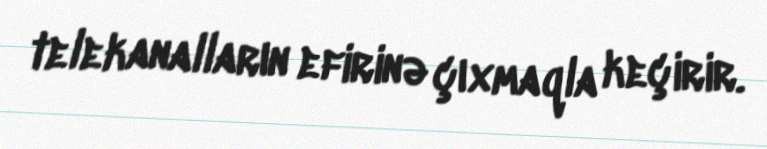
telekanalların efirinə çıxmaqla keçirir.